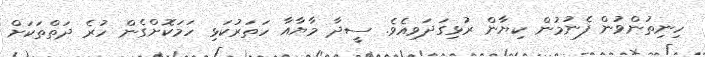
ހިނިތުންވުން ފެނުމުން ކިޔާން ރުޅިގަދަވިއެވެ. ސީދާ މާޔާއާ ހަތަރުކަޅި ހަމަކޮށްގެން ހުރެ ދަތްތަކަށް